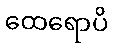
ထေရောပိ